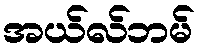
အယ်လ်ဘမ်